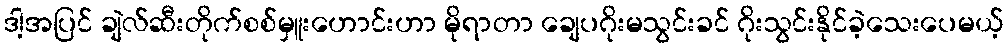
ဒါ့အပြင် ချဲလ်ဆီးတိုက်စစ်မှူးဟောင်းဟာ မိုရာတာ ချေပဂိုးမသွင်းခင် ဂိုးသွင်းနိုင်ခဲ့သေးပေမယ့်